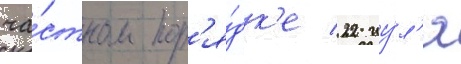
ча́стном пор'я́дк'е 22 иу́л'я